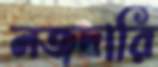
নজদারি